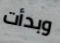
وبدأت